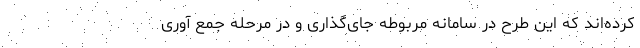
کرده‌اند که این طرح در سامانه مربوطه جای‌گذاری و در مرحله جمع آوری